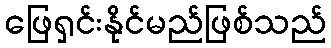
ဖြေရှင်းနိုင်မည်ဖြစ်သည်